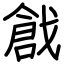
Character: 戧